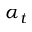
\alpha _ { t }